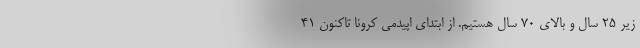
زیر ۲۵ سال و بالای ۷۰ سال هستیم. از ابتدای اپیدمی کرونا تاکنون ۴۱